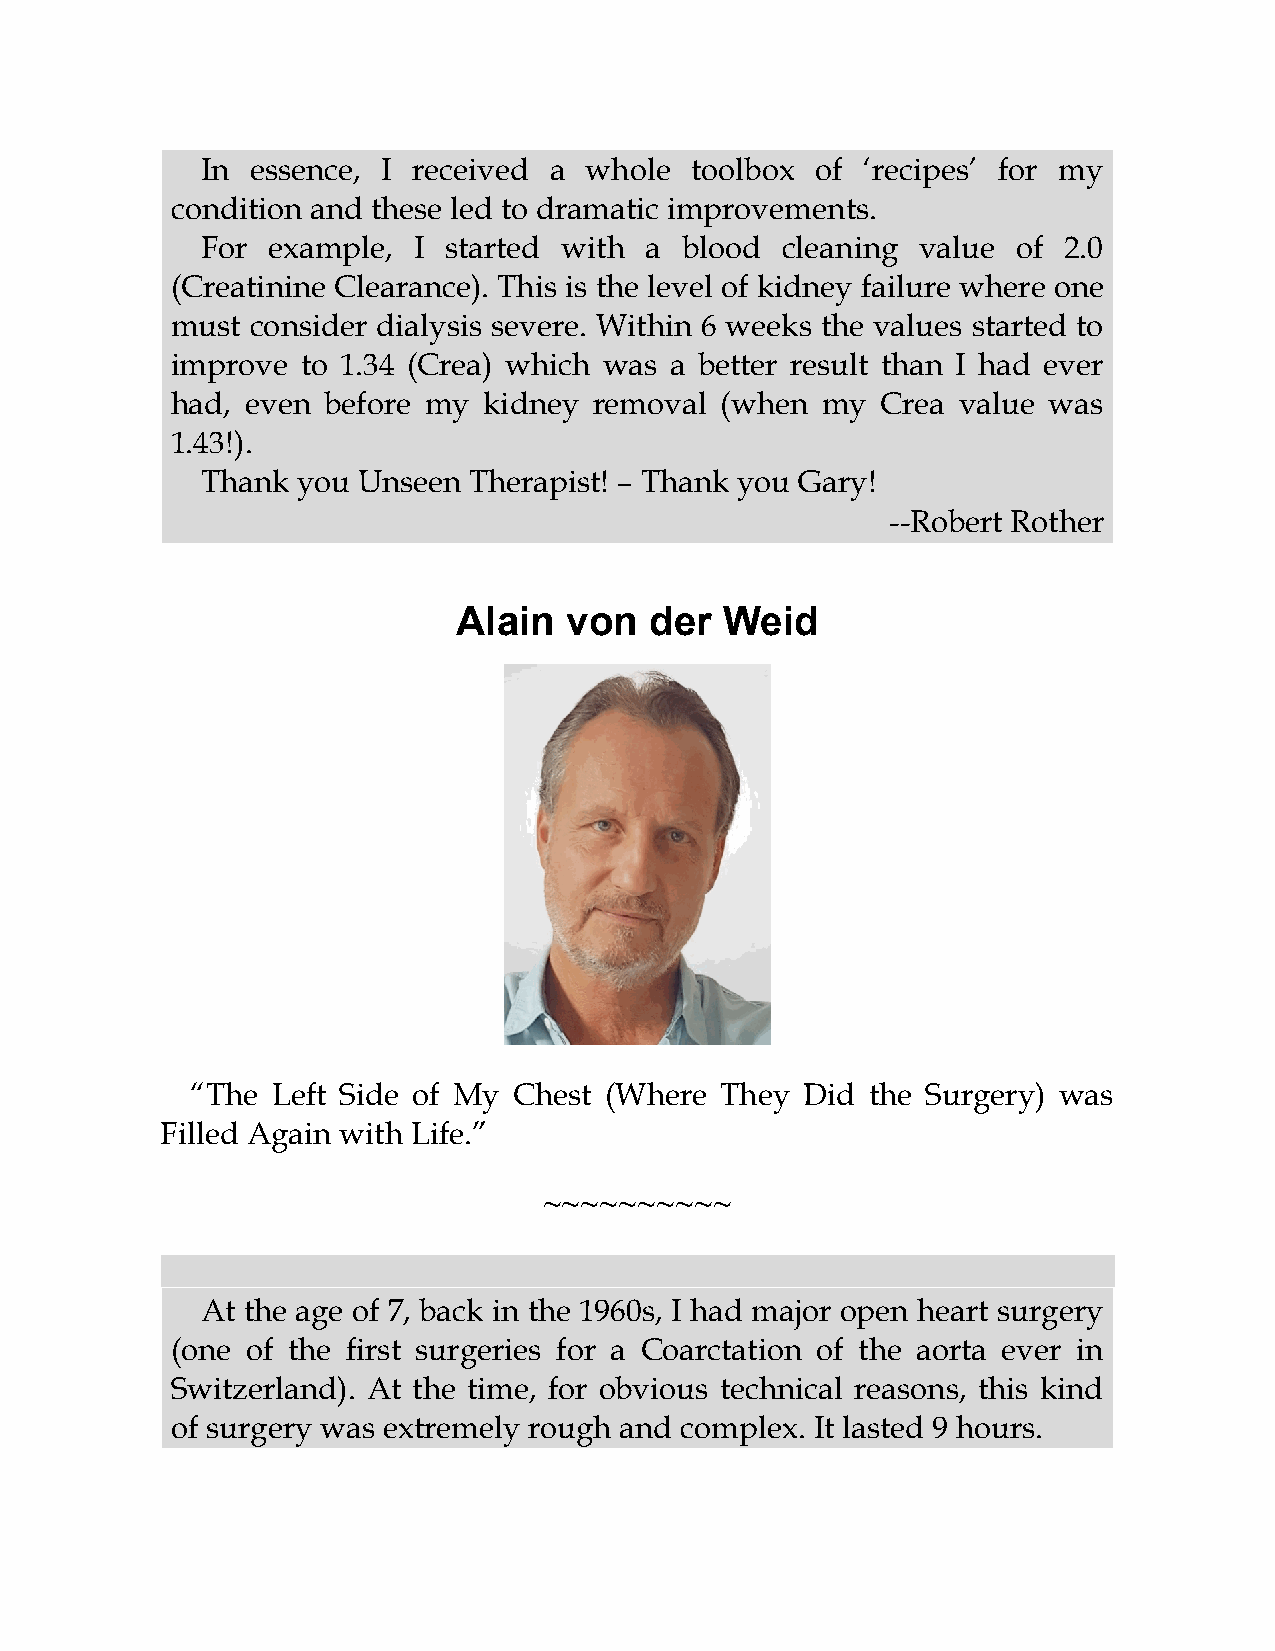
In  essence, I received a whole  toolbox of ‘recipes’ for my
 condition and these led to dramatic improvements.
 For  example, I started with  a blood  cleaning value of 2.0
 (Creatinine Clearance). This is the level of kidney failure where one
 must  consider dialysis severe. Within 6 weeks the values started to
 improve  to 1.34 (Crea) which was a better result than I had ever
 had, even before my  kidney removal  (when my  Crea value was
 1.43!).
 Thank  you Unseen Therapist! – Thank you Gary!
 --Robert Rother
 Alain  von   der  Weid
 “The Left Side of My Chest (Where  They Did  the Surgery) was
 Filled Again with Life.”
 ~~~~~~~~~~
 At the age of 7, back in the 1960s, I had major open heart surgery
 (one of the first surgeries for a Coarctation of the aorta ever in
 Switzerland). At the time, for obvious technical reasons, this kind
 of surgery was extremely rough and complex. It lasted 9 hours.